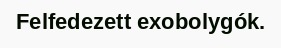
Felfedezett exobolygók.